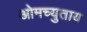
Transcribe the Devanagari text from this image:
ओमच्युताय